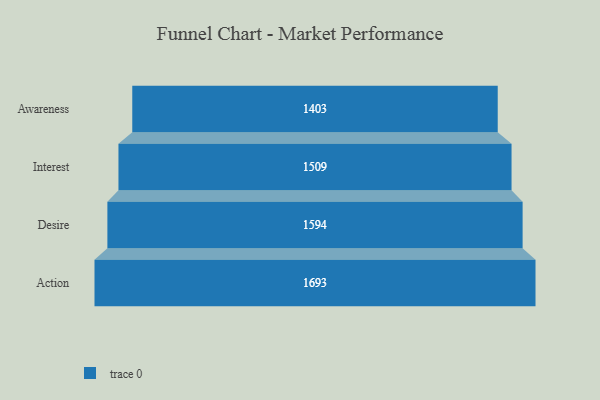
{"axis": {"x": "Stage", "y": "Value"}, "legend": [""], "data": [{"x": "Awareness", "y": 1403.0, "type": ""}, {"x": "Interest", "y": 1509.0, "type": ""}, {"x": "Desire", "y": 1594.0, "type": ""}, {"x": "Action", "y": 1693.0, "type": ""}]}